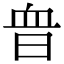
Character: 𧖮